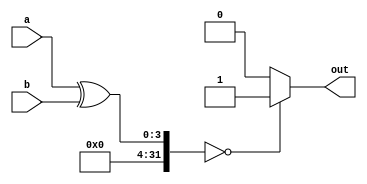
/*module comparator(a,b,out);
  input [3:0] a,b;
  output out;
  assign out=~(a[3]^b[3])&~(a[2]^b[2])&~(a[1]^b[1])&~(a[0]^b[0]);
endmodule*/

module comparator(a,b,out);
  input [3:0] a,b;
  output out;
  assign out=((a^b)==0)?1:0;
endmodule

/*module comparator(a,b,out);
  input [3:0] a,b;
  output out;
  wire [3:0] r;
  comparator_1bit(a[3],b[3],r[3]);
  comparator_1bit(a[2],b[2],r[2]);
  comparator_1bit(a[1],b[2],r[1]);
  comparator_1bit(a[0],b[0],r[0]);
  assign out=r[3]&r[2]&r[1]&r[0];
endmodule*/

/*module comparator(a,b,out);
  input [3:0] a,b;
  output out;
  reg out;
  always@(a or b) begin
    case(a^b)
      0:out=1;
      default:out=0;
    endcase
  end
endmodule*/

/*module comparator(a,b,out);
  input [3:0] a,b;
  output out;
  reg out;
  always@(a or b) begin
    if((a^b)==0)
      out=1;
    else
      out=0;
  end
endmodule*/